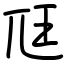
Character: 尫